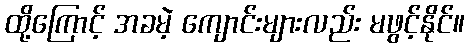
ထို့ကြောင့် အခမဲ့ ကျောင်းများလည်း မဖွင့်နိုင်။